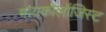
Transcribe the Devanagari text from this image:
मायकोलॉजिस्ट